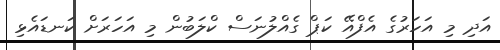
އަދި މި އަހަރުގެ އެފްއޭ ކަޕް ގެއްލުނަސް ކްލަބުން މި އަހަރަށް ކަނޑައެޅި